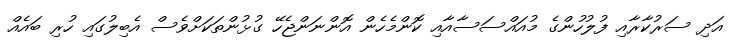
އަދި ސަރުކާރާއި ފުލުހުންގެ މުއައްސަސާއާއި ކޮންމެހެން އޮންނަންޖެހޭ ގުޅުންތަކަށްވެސް އެބިލުގައި ހުރި ބައެއް